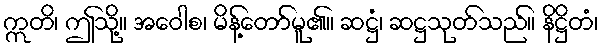
ဣတိ၊ ဤသို့။ အဝေါစ၊ မိန့်တော်မူ၏။ ဆဋ္ဌံ၊ ဆဋ္ဌသုတ်သည်။ နိဋ္ဌိတံ၊